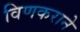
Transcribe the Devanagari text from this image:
विणकराने